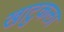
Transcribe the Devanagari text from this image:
खाटुकला